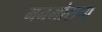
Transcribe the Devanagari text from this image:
मनमोराचा